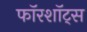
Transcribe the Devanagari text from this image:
फॉरशॉट्स